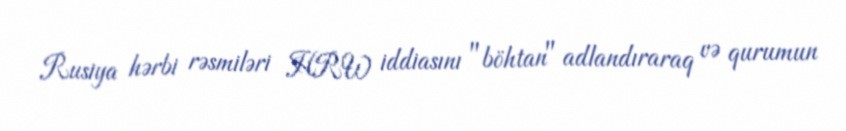
Rusiya hərbi rəsmiləri HRW iddiasını "böhtan" adlandıraraq və qurumun